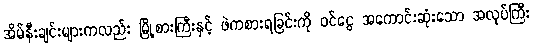
အိမ်နီးချင်းများကလည်း မြို့စားကြီးနှင့် ဖဲကစားရခြင်းကို ဝင်ငွေ အကောင်းဆုံးသော အလုပ်ကြီး